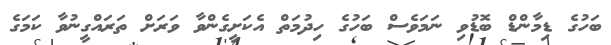
ބަހުގެ ޑިމާންޑް ބޮޑުވި ނަމަވެސް ބަހުގެ ހިދުމަތް އެކަށީގެންވާ ވަރަށް ތަރައްގީނުވާ ކަމަގެ